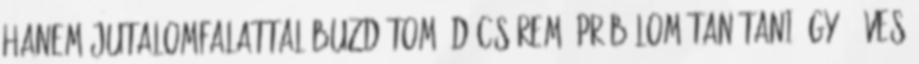
hanem jutalomfalattal buzdítom, dícsérem. Próbálom tanítani így 6 éves